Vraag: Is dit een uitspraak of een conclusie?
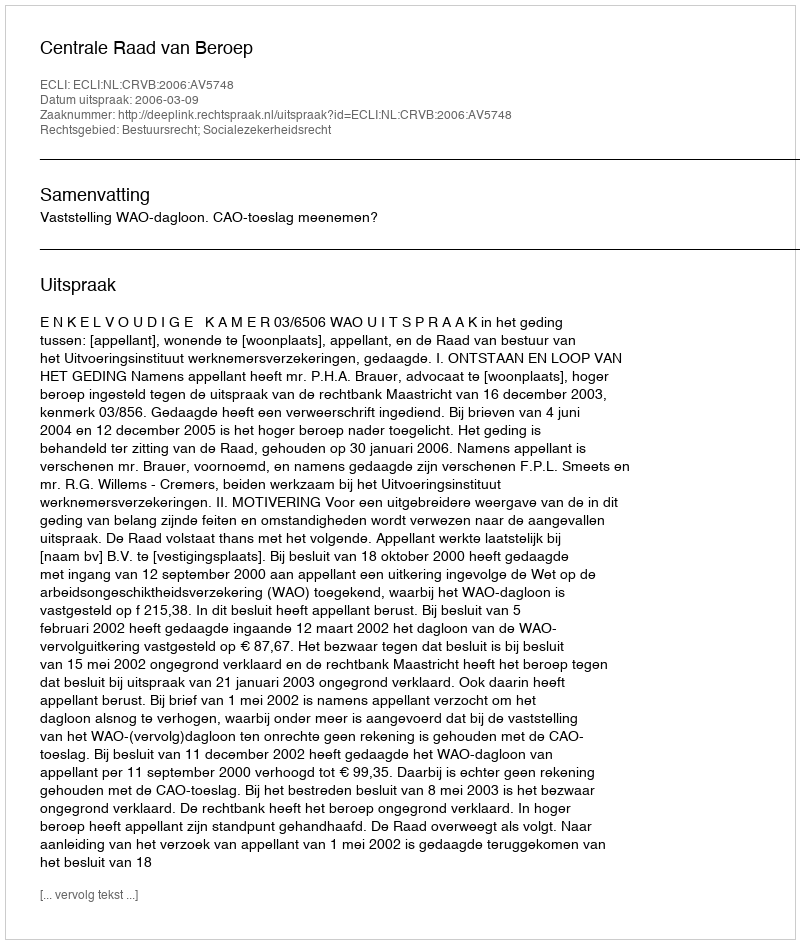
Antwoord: Uitspraak